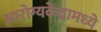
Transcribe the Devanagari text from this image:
आरोग्यकेंद्रामध्ये